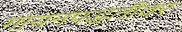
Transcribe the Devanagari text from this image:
गायनपद्धतींवर